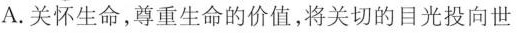
A.关怀生命，尊重生命的价值，将关切的目光投向世